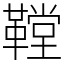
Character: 鞺